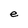
Character: e